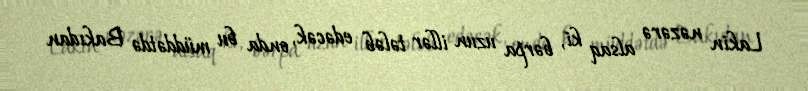
Lakin nəzərə alsaq ki, bərpa uzun illər tələb edəcək, onda bu müddətdə Bakıdan